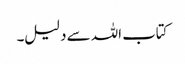
کتاب اللہ سے دلیل۔